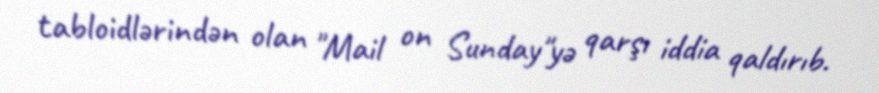
tabloidlərindən olan "Mail on Sunday"yə qarşı iddia qaldırıb.